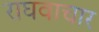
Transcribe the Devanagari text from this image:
राघवाचार